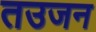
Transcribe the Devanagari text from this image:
तउजन